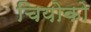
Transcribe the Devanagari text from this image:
चियोको